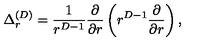
\Delta _ { r } ^ { ( { D } ) } = \frac { 1 } { r ^ { { D } - 1 } } \frac { \partial } { \partial r } \left( r ^ { { D } - 1 } \frac { \partial } { \partial r } \right) ,